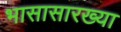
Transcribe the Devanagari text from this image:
भासासारख्या